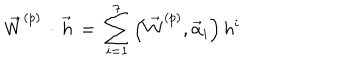
{ \vec { W } } ^ { ( p ) } \, \cdot \, { \vec { h } } \, = \, \sum _ { i = 1 } ^ { 7 } \left( { \vec { W } } ^ { ( p ) } , { \vec { \alpha } _ { i } } \right) h ^ { i }